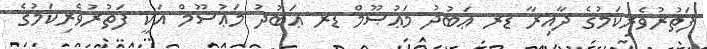
ފަތުރުވެރިކަމުގެ ދާއިރާ ޑރ ޢަބުދު މަޢުޞޫމް ޑރ ޢަބުދު މަޢުސޫމް އަކީ ފަތުރުވެރިކަމުގެ